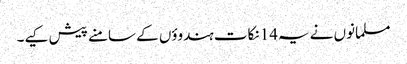
مسلمانوں نے یہ14 نکات ہندوؤں کے سامنے پیش کیے۔